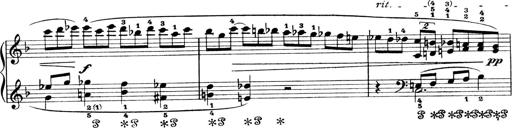
Title: 4 Sonatines
Composer: Max Reger